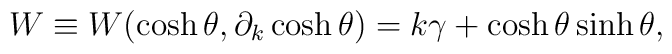
W \equiv W(\cosh \theta, \partial_k \cosh \theta)=k\gamma+\cosh\theta \sinh \theta,